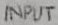
Text: INPUT